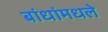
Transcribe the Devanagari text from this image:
बांधांमधले